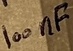
Text: 100nF